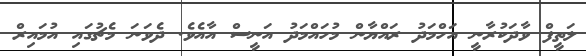
ލަތީފް ވާދަކުރާނީ އަހްމަދު ރައްޔާން މުހައްމަދު އަނީސް އާއެވެ. ދެވަނަ މެޗުގައި އުމައިރް